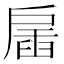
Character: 𢩖